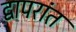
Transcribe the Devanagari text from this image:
द्वापरांत